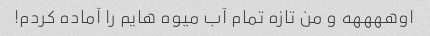
اوههههه و من تازه تمام آب میوه هایم را آماده کردم!